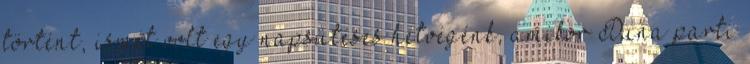
történt, ismét volt egy napsütéses hétvégénk, amikor Duna parti